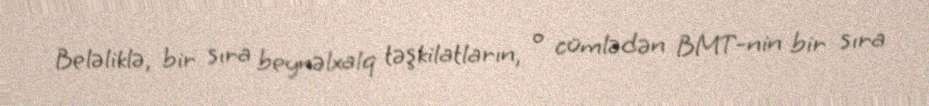
Beləliklə, bir sıra beynəlxalq təşkilatların, o cümlədən BMT-nin bir sıra